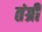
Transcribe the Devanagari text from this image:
तंग्री